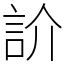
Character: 䚸